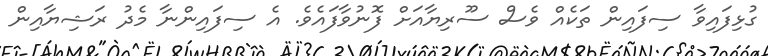
ގުޅިފައިވާ ސިފައިން ތަކެއް ވެސް ސޫރިޔާއަށް ފޮނުވާފައެވެ. އެ ސިފައިންނާ މެދު ރަޝިޔާއިން